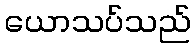
ယောသပ်သည်